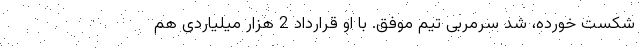
شکست خورده، شد سرمربی تیم موفق. با او قرارداد 2 هزار میلیاردی هم